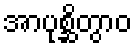
အာပုစ္ဆိတွာဝ